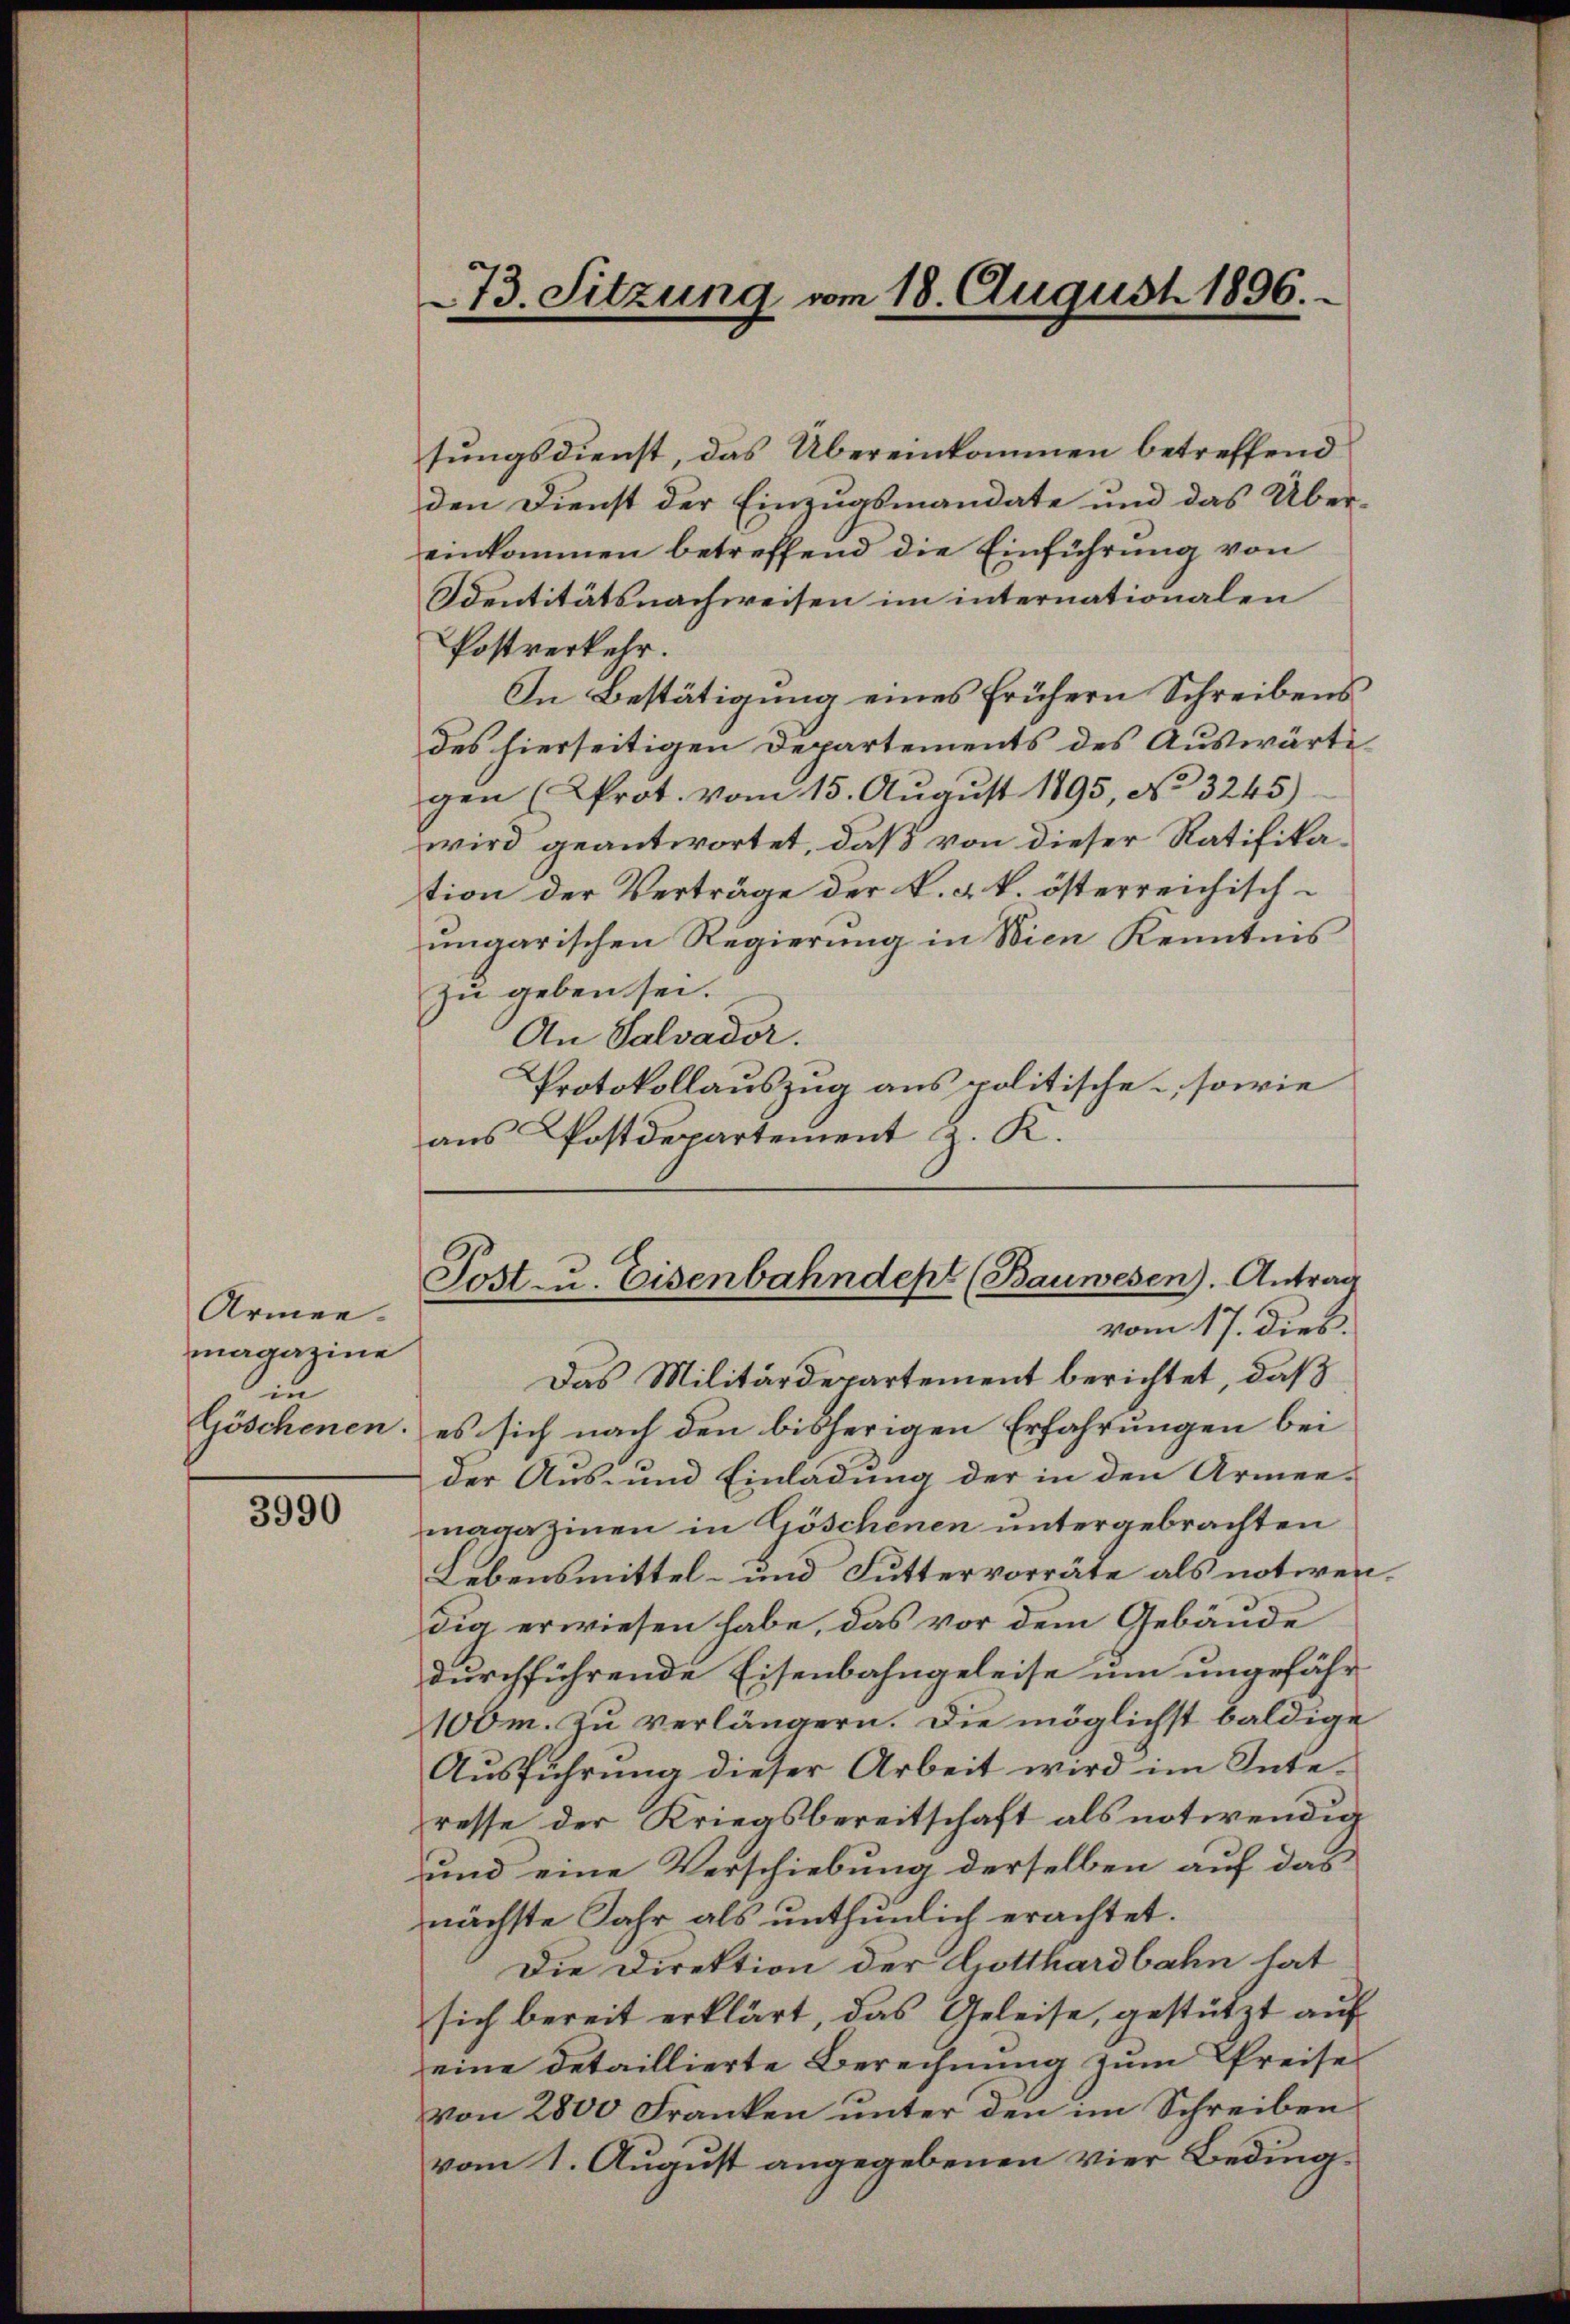
Armen.
magazine
in

3990

sungsdienst, das Übereinkommen betreffend
den Dienst der Einzugsmandate und das Übereinkommen betreffend die Einführung von
Sentitätsnachweisen im internationalen
Postverkehr.
In Bestätigung eines frühern Schreibens
des hierseitigen Departements des Auswärtigen (Prot. vom 15. Aŭgŭst 1895, No 3245)
wird geantwortet, daß von dieser Ratifikation der Verträge der k. k. k. österreichischungarischen Regierung in Wien Kenntnis
zu geben sei.
An Salvador.
Protokollauszug aus politische, sowie
aus Postdepartement z. K.

73. Sitzung vom 18. August 1896.

A
Post- u. Eisenbahndept (Bauwesen). Antrag
vom 17. dies.
Das Militärdepartement berichtet, daß

Göschenen, es sich nach den bisherigen Erfahrungen bei
der Aus- und Einladung der in den Armee-
magazinen in Göschenen untergebrachten
Lebensmittel- und Futtervorräte als notiren.
dig erwiesen habe, das vor dem Gebäude
durchführende Eisenbahngeleise um ungefähr
100m. zu verlängern. Die möglichst baldige
Aŭsführung dieser Arbeit wird im Interesse der Kriegsbereitschaft als notwendig
und eine Verschiebung derselben auf das
nächste Jahr als unthunlich erachtet.
Die Direktion der Gotthardbahn hat
sich bereit erklärt, das Geleise, gestützt auf
eine detaillierte Berechnung zum Preise
von 2800 Franken unter den im Schreiben
vom 1. August angegebenen vier Beding¬